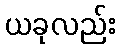
ယခုလည်း